Code of medical and sanitary regulations for the guidance of medical officers serving in the Madras Presidency - Volume I
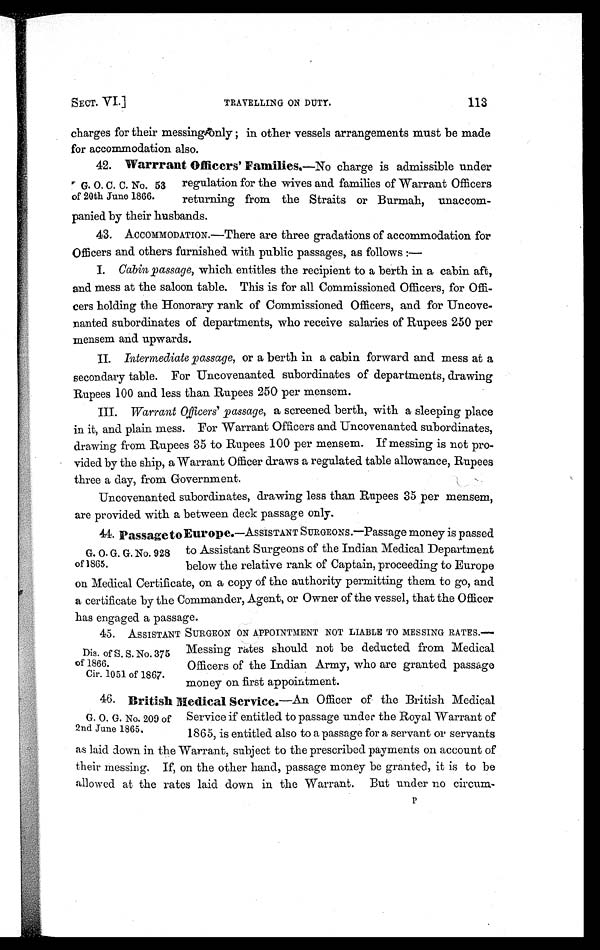
SECT. VI.]
TRAVELLING ON DUTY.
113
charges for their messing only ; in other vessels arrangements must be made
for accommodation also.
G. O. C. C. No. 53
of 20th June 1866
42. Warrrant Officers' Families —No charge is admissible under
regulation for the wives and families of Warrant Officers
returning from the Straits or Burmah, unaccom
-panied by their husbands.
43. ACCOMMODATION.—There are three gradations of accommodation for
Officers and others furnished with public passages, as follows :—
I.
Cabin passage, which entitles the recipient to a berth in a cabin aft,
and mess at the saloon table. This is for all Commissioned Officers, for Offi
-cers holding the Honorary rank of Commissioned Officers, and for Uncove-
nanted subordinates of departments, who receive salaries of Rupees 250 per
mensem and upwards.
II.
Intermediate passage , or a berth in a cabin forward and mess at a
secondary table. For Uncovenanted subordinates of departments, drawing
Rupees 100 and. less than Rupees 250 per mensem.
III.
Warrant Officers ' passage, a screened berth, with a sleeping place
in it, and plain mess. For Warrant Officers and Uncovenanted subordinates,
drawing from Rupees 35 to Rupees 100 per mensem. If messing is not pro
-vided by the ship, a Warrant Officer draws a regulated table allowance, Rupees
three a day, from Government.
Uncovenanted subordinates, drawing less than. Rupees 35 per mensem,
are provided with a between deck passage only.
44. Passage to Europe .—ASSISTANT SURGEONS.—Passage money is passed
G. O. G. G. No. 928 to Assistant Surgeons of the Indian Medical Department
of 1865. below the relative rank of Captain, proceeding to Europe
on Medical Certificate, on a copy of the authority permitting them to go, and
a certificate by the Commander, Agent, or Owner of the vessel, that the Officer
has engaged a passage.
45. ASSISTANT SURGEON ON APPOINTMENT NOT LIABLE TO MESSING RATES.—
Dis. of S. S. No. 375 Messing rates should not be deducted from Medical
of 1866. Officers of the Indian Army, who are granted passage
Cir. 1051 of 1867.
money on first appointment.
46. British Medical Service .—An Officer of the British Medical
G. O. G. No. 209 of Service if entitled to passage under the Royal Warrant of
2nd Jane 1865. 1865, is entitled also to a passage for a servant or servants
as laid down in the Warrant, subject to the prescribed payments on account of
their messing, If, on the other hand, passage money be granted, it is to be
allowed at the rates laid down in the Warrant. But under no circum-
P